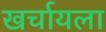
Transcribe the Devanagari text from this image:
खर्चायला